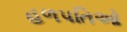
હળપતિઓ